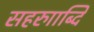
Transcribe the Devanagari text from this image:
सहरुााब्दि